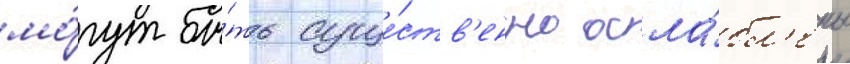
мо́гут бы́ть суще́ств'енно осла́бл'ены